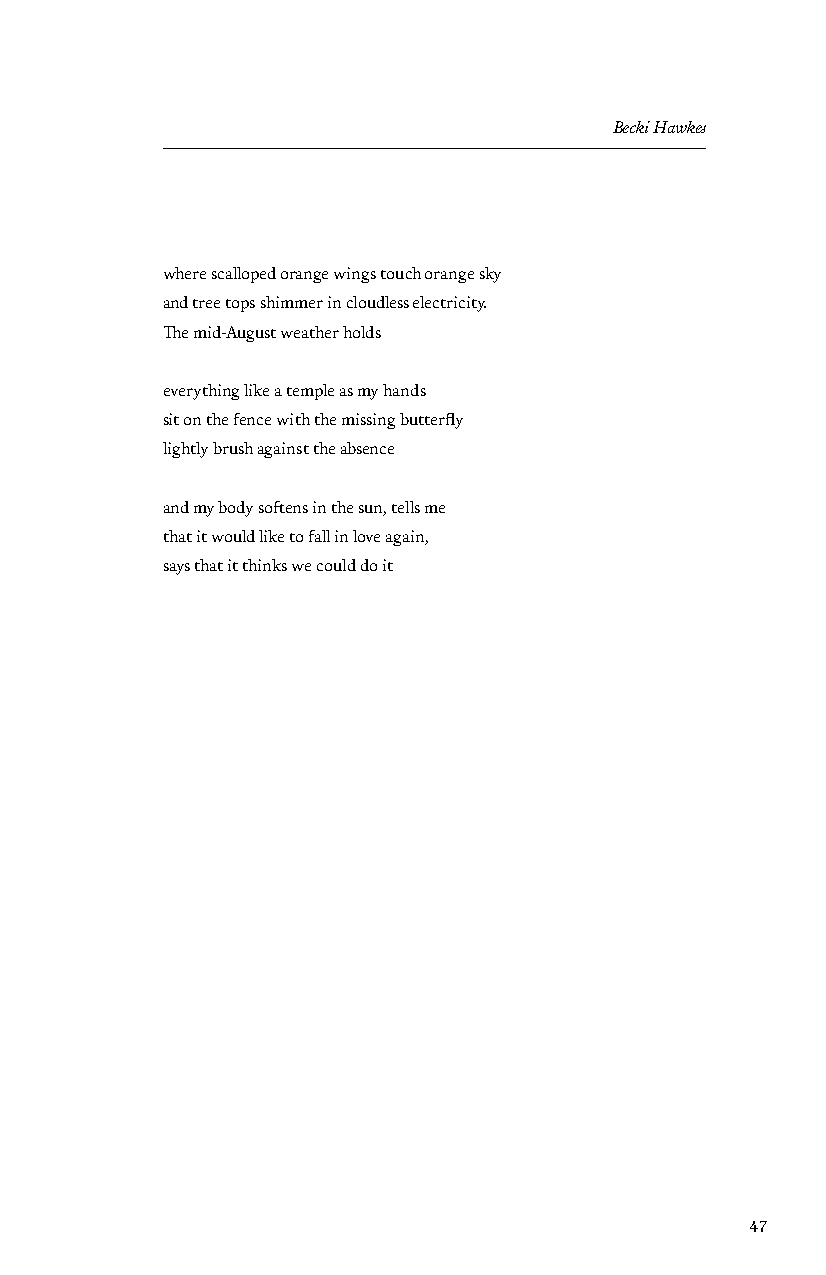
Becki Hawkes
 where scalloped orange wings touch orange sky
 and tree tops shimmer in cloudless electricity.
 The mid-August weather holds
 everything like a temple as my hands
 sit on the fence with the missing butterfly
 lightly brush against the absence
 and my body softens in the sun, tells me
 that it would like to fall in love again,
 says that it thinks we could do it
 47